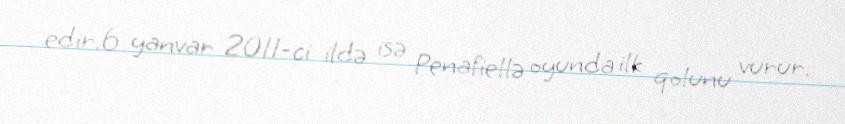
edir.6 yanvar 2011-ci ildə isə Penafiellə oyunda ilk qolunu vurur.